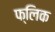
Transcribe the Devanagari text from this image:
फ्‍लिक